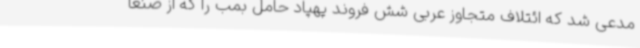
مدعی شد که ائتلاف متجاوز عربی شش فروند پهپاد حامل بمب را که از صنعا